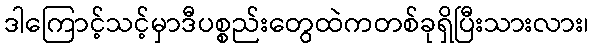
ဒါကြောင့်သင့်မှာဒီပစ္စည်းတွေထဲကတစ်ခုရှိပြီးသားလား၊